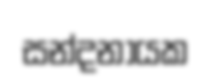
සන්දනායක